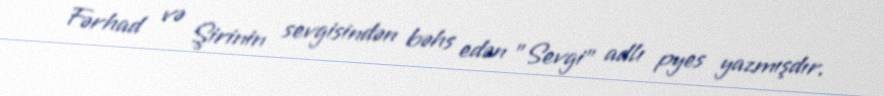
Fərhad və Şirinin sevgisindən bəhs edən "Sevgi" adlı pyes yazmışdır.